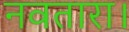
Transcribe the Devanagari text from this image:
नवतारा।